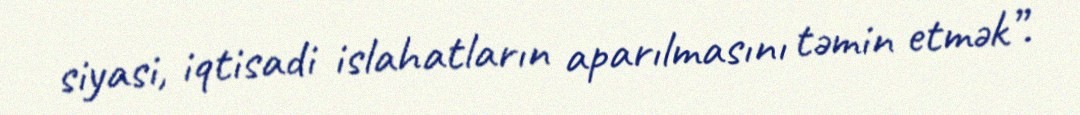
siyasi, iqtisadi islahatların aparılmasını təmin etmək”.